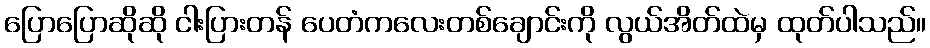
ပြောပြောဆိုဆို ငါးပြားတန် ပေတံကလေးတစ်ချောင်းကို လွယ်အိတ်ထဲမှ ထုတ်ပါသည်။